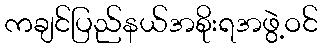
ကချင်ပြည်နယ်အစိုးရအဖွဲ့ဝင်